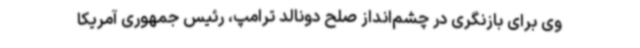
وی برای بازنگری در چشم‌انداز صلح دونالد ترامپ، رئیس جمهوری آمریکا